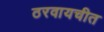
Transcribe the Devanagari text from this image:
ठरवायचीत